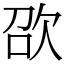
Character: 欩